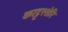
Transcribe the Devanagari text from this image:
काट्टश्शेरि